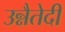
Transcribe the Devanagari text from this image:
उन्नैतेदी